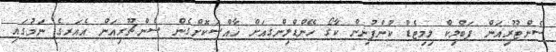
ސެންޓޫރިއަން ޕަބްލިކް ލިމިޓެޑް ކުންފުނިން ކާގޯ ހޭންޑްލިންގއަށް ޚާއްސަކޮށްގެން ސެންޗޫރިއަން އެއަރގެ ނަމުގައި